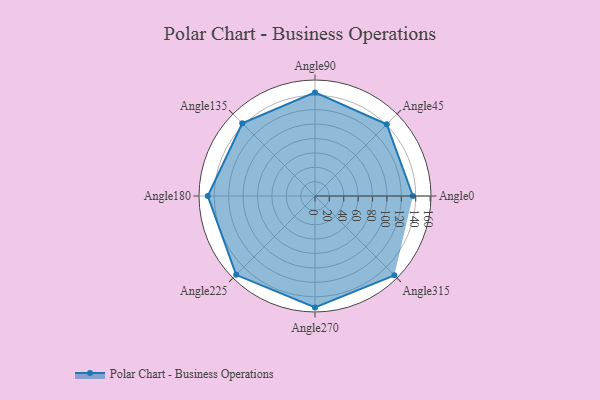
{"axis": {"x": "Angle", "y": "Radius"}, "legend": [""], "data": [{"x": "Angle0", "y": 136.0, "type": ""}, {"x": "Angle45", "y": 141.0, "type": ""}, {"x": "Angle90", "y": 144.0, "type": ""}, {"x": "Angle135", "y": 143.0, "type": ""}, {"x": "Angle180", "y": 149.0, "type": ""}, {"x": "Angle225", "y": 155.0, "type": ""}, {"x": "Angle270", "y": 155.0, "type": ""}, {"x": "Angle315", "y": 156.0, "type": ""}]}